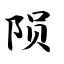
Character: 陨